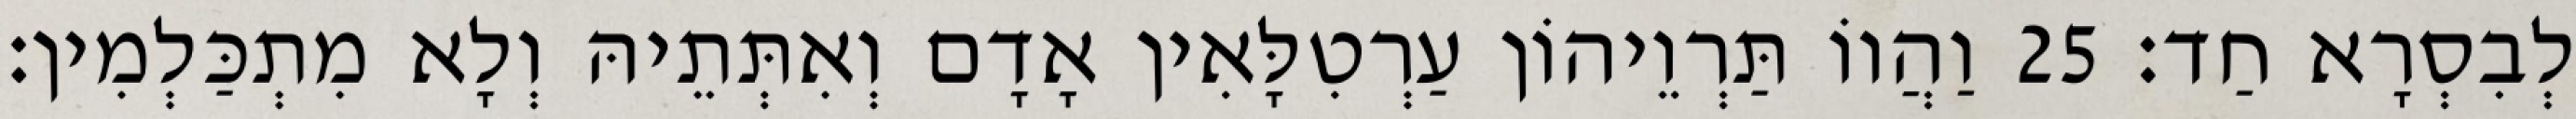
לְבִסְרָא חַד׃ 25 וַהֲווֹ תַּרְוֵיהוֹן עַרְטִלָּאִין אָדָם וְאִתְּתֵיהּ וְלָא מִתְכַּלְמִין׃